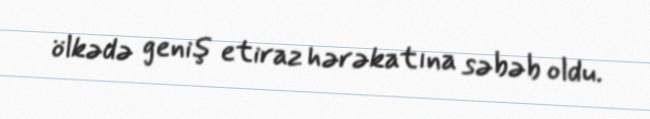
ölkədə geniş etiraz hərəkatına səbəb oldu.